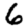
Digit: 6